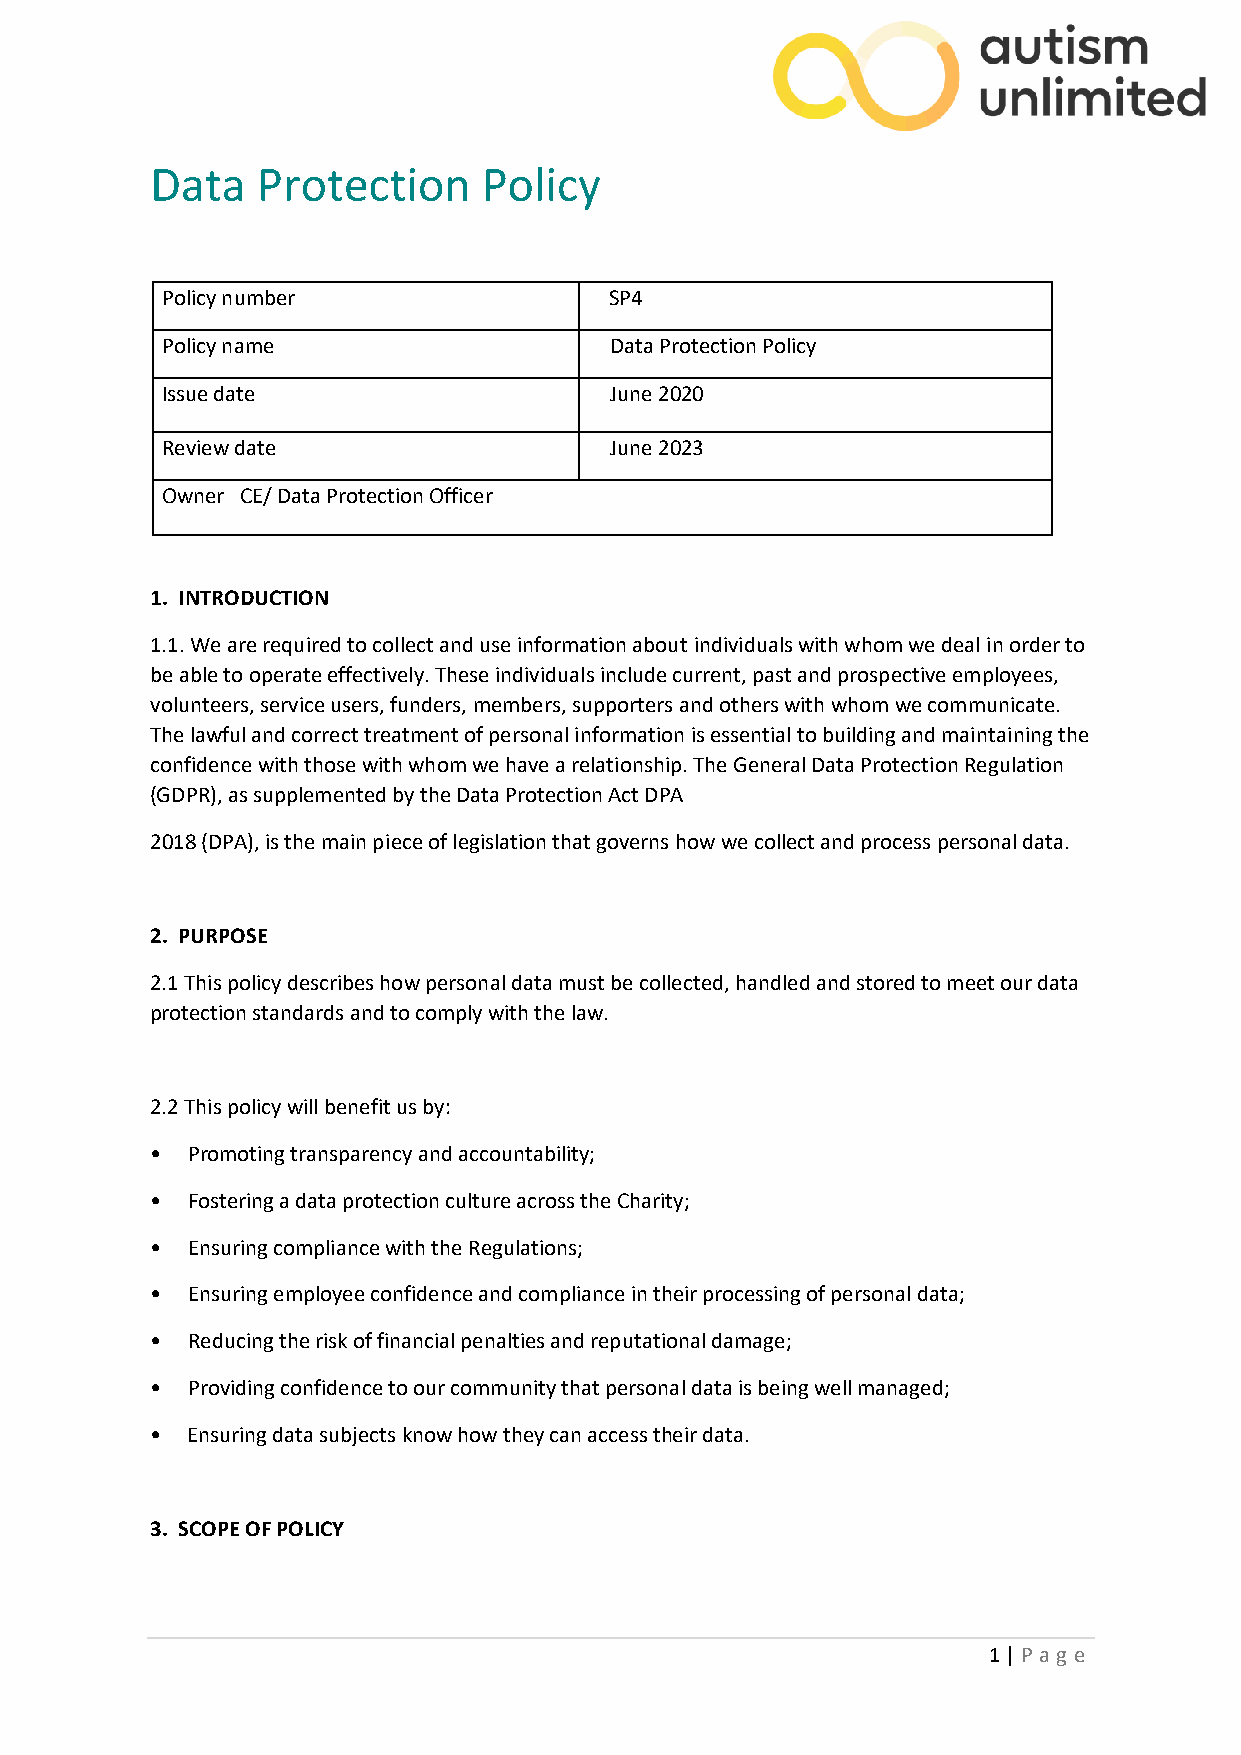
Data   Protection     Policy
 Policy number                SP4
 Policy name                  Data Protection Policy
 Issue date                   June 2020
 Review date                  June 2023
 Owner CE/ Data Protection Officer
 1. INTRODUCTION
 1.1. We are required to collect and use information about individuals with whom we deal in order to
 be able to operate effectively. These individuals include current, past and prospective employees,
 volunteers, service users, funders, members, supporters and others with whom we communicate.
 The lawful and correct treatment of personal information is essential to building and maintaining the
 confidence with those with whom we have a relationship. The General Data Protection Regulation
 (GDPR), as supplemented by the Data Protection Act DPA
 2018 (DPA), is the main piece of legislation that governs how we collect and process personal data.
 2. PURPOSE
 2.1 This policy describes how personal data must be collected, handled and stored to meet our data
 protection standards and to comply with the law.
 2.2 This policy will benefit us by:
 • Promoting transparency and accountability;
 • Fostering a data protection culture across the Charity;
 • Ensuring compliance with the Regulations;
 • Ensuring employee confidence and compliance in their processing of personal data;
 • Reducing the risk of financial penalties and reputational damage;
 • Providing confidence to our community that personal data is being well managed;
 • Ensuring data subjects know how they can access their data.
 3. SCOPE OF POLICY
 1 | P ag e